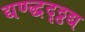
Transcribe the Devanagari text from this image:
द्यण्द्धदृठ्ठद्य